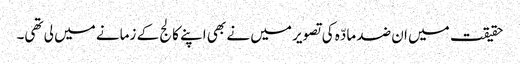
حقیقت میں ان ضد مادّہ کی تصویر میں نے بھی اپنے کالج کے زمانے میں لی تھی۔